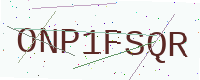
Text: ONP1FSQR